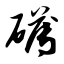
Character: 礴